Vaccine operations Central Provinces 1868-1885 - 1868-1885
Year: 1868
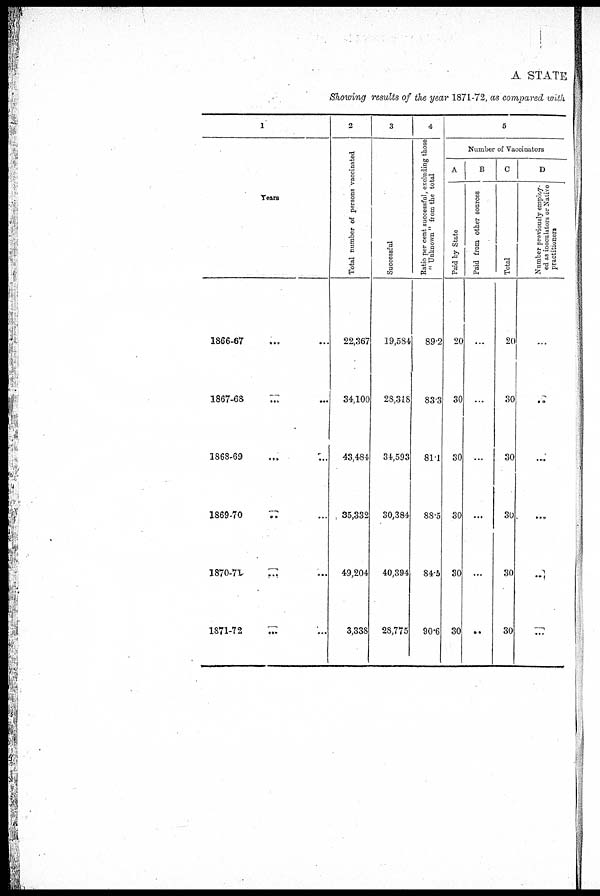
A STATE
Showing results of the year 1871-72, as compared with
1
Tears
1366-67
...
...
1867-68
...
...
1868-69 ... ...
1869-70 .. ...
1870-71 ... ...
1871-72 ... ...
2
Total number of persons vaccinated
22,367
34,100
43,484
35,332
49,204
3,338
3
Successful
19,584
28,318
34,593
30,384
40,394
28,775
4
Ratio per cent successful, excluding those
" Unknown " from the total
89.2
83.3
81.1
88.5
84.5
90.6
5
Number of Vaccinators
A
Paid by State
20
30
30
30
30
30
B
Paid f r om other sources
...
...
...
...
...
..
C
Total
20
30
30
30
30
30
D
Number previously employ-
ed as inoculators or Native
practitioners
..
..
..
...
...
...